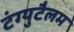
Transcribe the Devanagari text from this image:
टंग्युटैलम